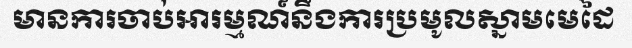
មានការចាប់អារម្មណ៍នឹងការប្រមូលស្នាមមេដៃ